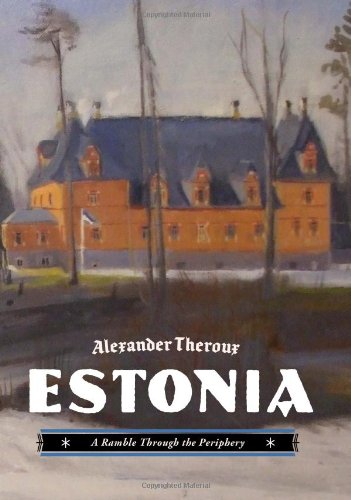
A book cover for Estonia: A Ramble Through the Periphery; Alexander Theroux; Travel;